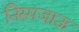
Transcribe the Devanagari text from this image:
निरुपजाऊ